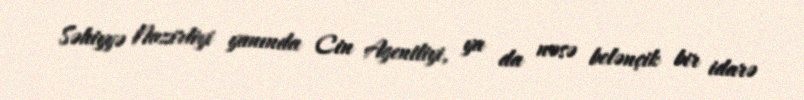
Səhiyyə Nazirliyi yanında Cin Agentliyi, ya da nəsə belənçik bir idarə